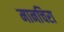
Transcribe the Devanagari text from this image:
मानचिरा